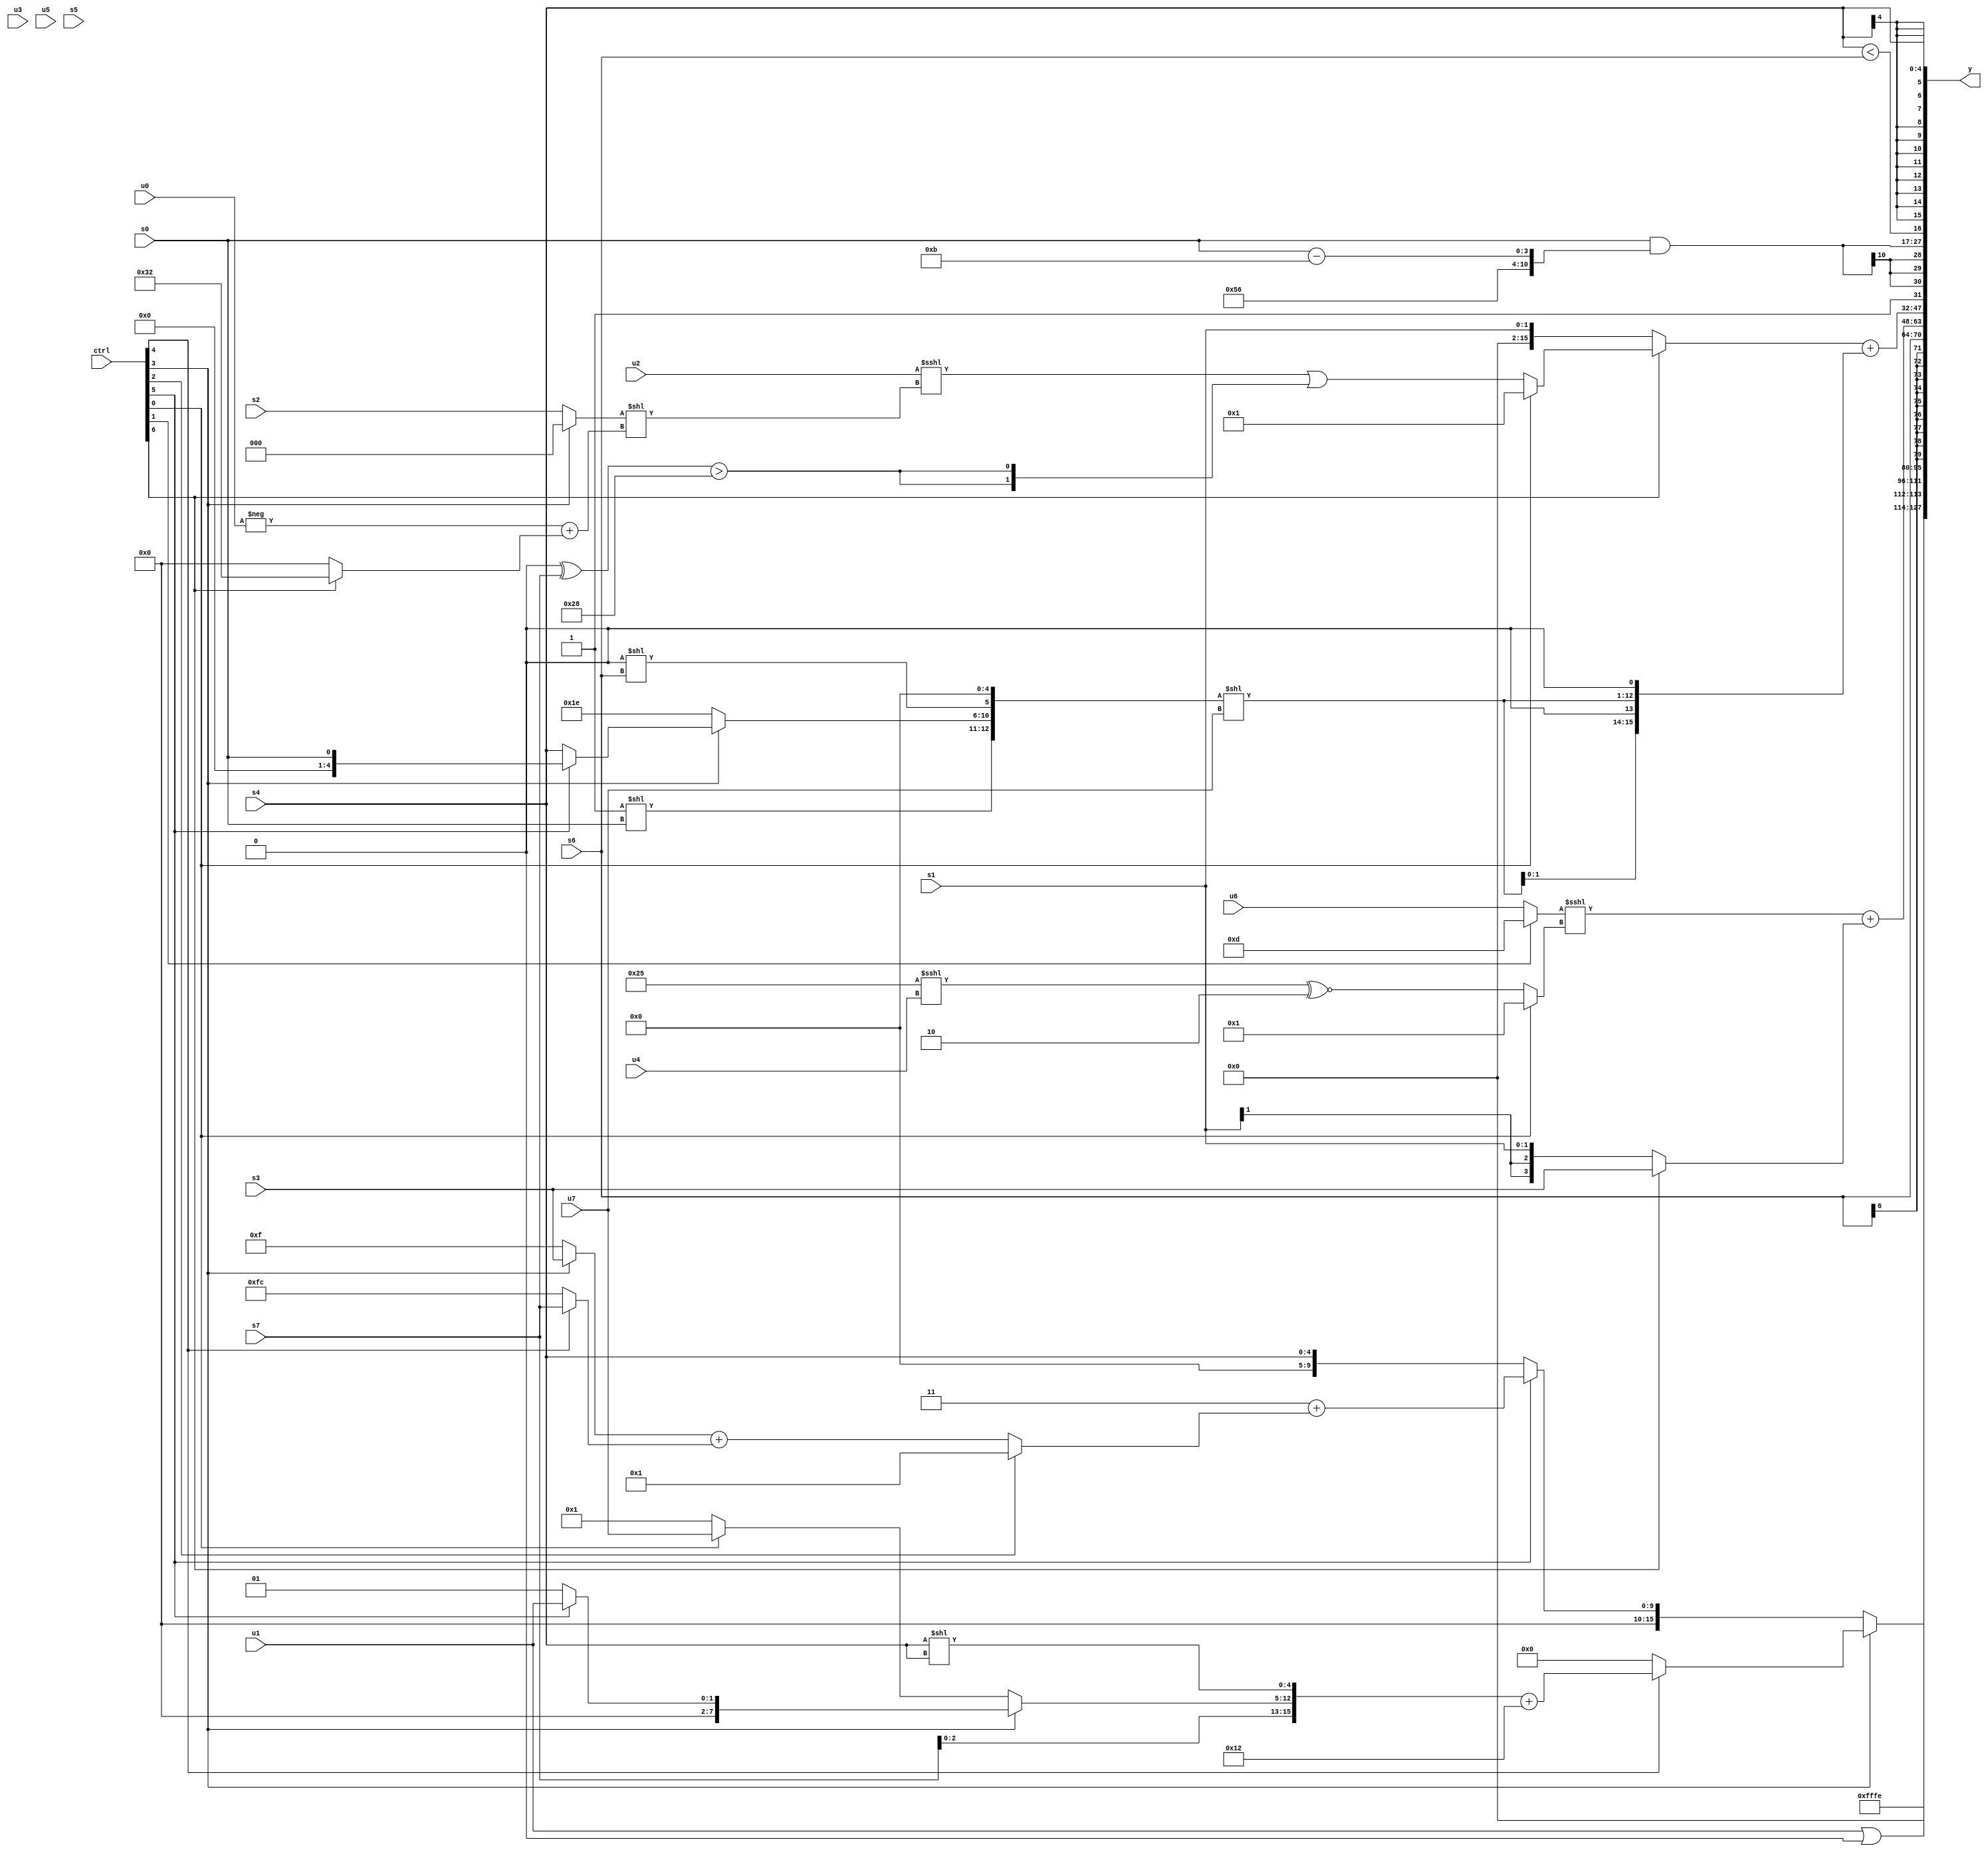
module wideexpr_00621(ctrl, u0, u1, u2, u3, u4, u5, u6, u7, s0, s1, s2, s3, s4, s5, s6, s7, y);
  input [7:0] ctrl;
  input [0:0] u0;
  input [1:0] u1;
  input [2:0] u2;
  input [3:0] u3;
  input [4:0] u4;
  input [5:0] u5;
  input [6:0] u6;
  input [7:0] u7;
  input signed [0:0] s0;
  input signed [1:0] s1;
  input signed [2:0] s2;
  input signed [3:0] s3;
  input signed [4:0] s4;
  input signed [5:0] s5;
  input signed [6:0] s6;
  input signed [7:0] s7;
  output [127:0] y;
  wire [15:0] y0;
  wire [15:0] y1;
  wire [15:0] y2;
  wire [15:0] y3;
  wire [15:0] y4;
  wire [15:0] y5;
  wire [15:0] y6;
  wire [15:0] y7;
  assign y = {y0,y1,y2,y3,y4,y5,y6,y7};
  assign y0 = (+(u1))|($signed($signed(1'sb0)));
  assign y1 = (ctrl[3]?(ctrl[4]?(+({{1{$signed(s7)}},(ctrl[3]?(ctrl[5]?u1:2'b01):(ctrl[0]?u7:4'sb0001)),{(s4)<<(s4)}}))+($signed(-($signed(5'sb01110)))):$signed(((s3)+((3'sb011)-(-(5'sb11110))))<<<(6'sb011101))):(ctrl[5]?($signed($signed(3'sb011)))+((ctrl[2]?$signed(3'sb001):($signed((ctrl[3]?s3:1'sb1)))+($signed((ctrl[4]?s7:3'sb100))))):s4));
  assign y2 = 2'sb10;
  assign y3 = s6;
  assign y4 = (((ctrl[1]?4'sb1101:+(u6)))<<<($signed((ctrl[0]?-(1'sb1):((6'sb100101)<<<(u4))^~(3'sb110)))))+($signed((ctrl[6]?s3:s1)));
  assign y5 = $signed(((ctrl[6]?(ctrl[0]?2'b01:((u2)<<<(({(ctrl[3]?1'sb0:s2)})<<((-(u0))+((ctrl[6]?6'sb110010:1'sb0)))))|({2{(((1'sb1)>>(2'b10))^(+(s7)))>({1{$unsigned(6'sb101000)}})}})):s1))+({4{(($signed({+((2'sb11)<<(s0)),(ctrl[3]?(ctrl[5]?s0:s4):-(3'b010)),$signed((1'sb0)<<(s6)),((ctrl[4]?s4:s1))>>($signed(4'sb1001))}))<<(u7))<<<(($signed(4'sb1101))<=(+($signed($signed((1'sb1)>=(5'sb01111))))))}}));
  assign y6 = {$signed(5'sb00111),$signed((s0)&($signed({4'sb1111,6'sb010110,$signed((s0)-(4'b1011))}))),(s4)<(s6)};
  assign y7 = s4;
endmodule